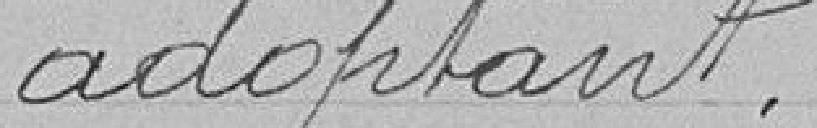
adoptant.